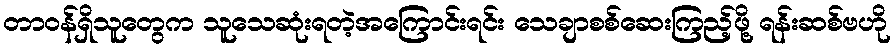
တာဝန်ရှိသူတွေက သူသေဆုံးရတဲ့အကြောင်းရင်း သေချာစစ်ဆေးကြည့်ဖို့ ရန်းဆစ်ဗဟို